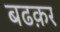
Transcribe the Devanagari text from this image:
बढक़र